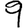
Digit: 9